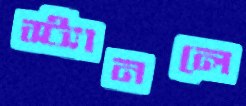
স্ট্যানলে